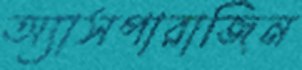
অ্যাসপারাজিন